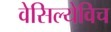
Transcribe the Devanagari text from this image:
वेसिल्येविच